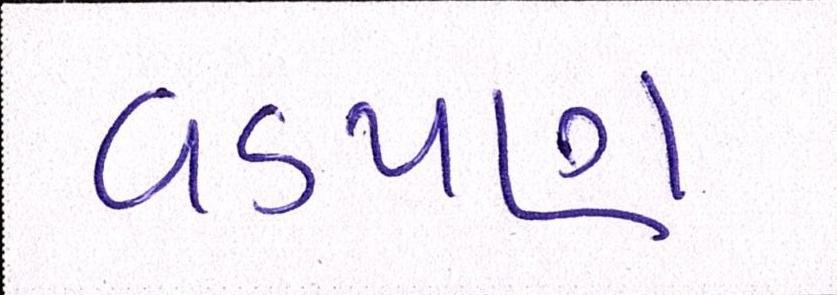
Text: વડપણ